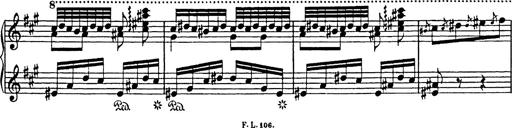
Title: Mephisto Polka
Composer: Franz Liszt